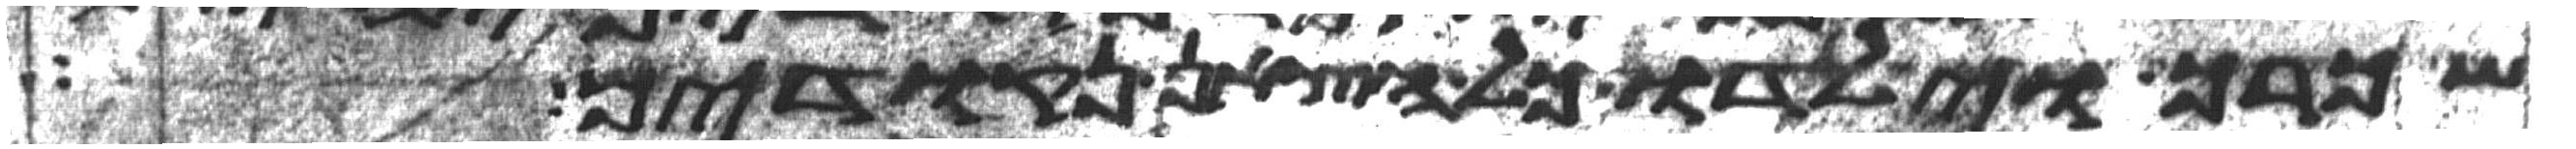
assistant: שכרך וילדו כל הצאן נקודים